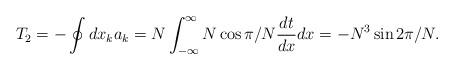
LaTeX: \begin{align*}T_2 = - \oint dx_k a_k = N \int_{-\infty}^{\infty} N \cos\pi/N \frac{dt}{dx} dx=-N^3 \sin 2\pi/N. \end{align*}